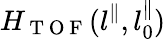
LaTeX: H_{\mathrm{~T~O~F~}}(l^{\parallel},l_{0}^{\parallel})